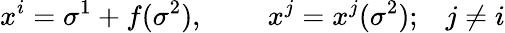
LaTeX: x^{i}=\sigma^{1}+f(\sigma^{2}),\; \; \; \; \; \; \; \; x^{j}=x^{j}(\sigma^{2});\; \; \; j\neq i